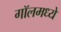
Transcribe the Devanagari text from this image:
गॉलमध्ये